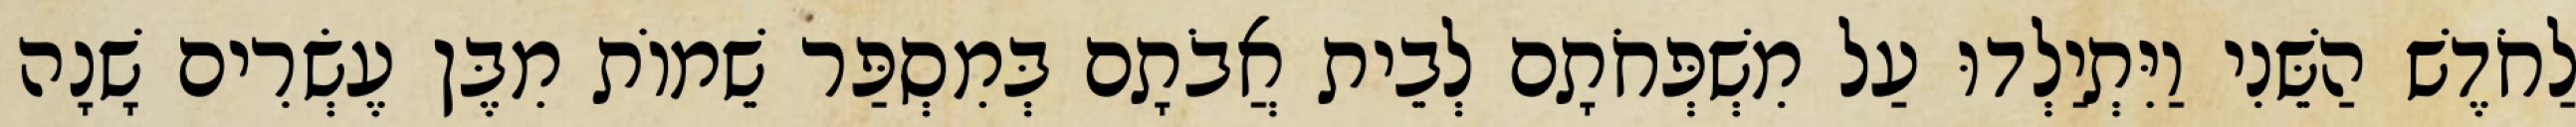
לַחֹדֶשׁ הַשֵּׁנִי וַיִּתְיַלְדוּ עַל מִשְׁפְּחֹתָם לְבֵית אֲבֹתָם בְּמִסְפַּר שֵׁמוֹת מִבֶּן עֶשְׂרִים שָׁנָה